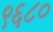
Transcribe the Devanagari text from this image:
९६८०